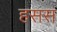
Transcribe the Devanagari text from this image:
हसस